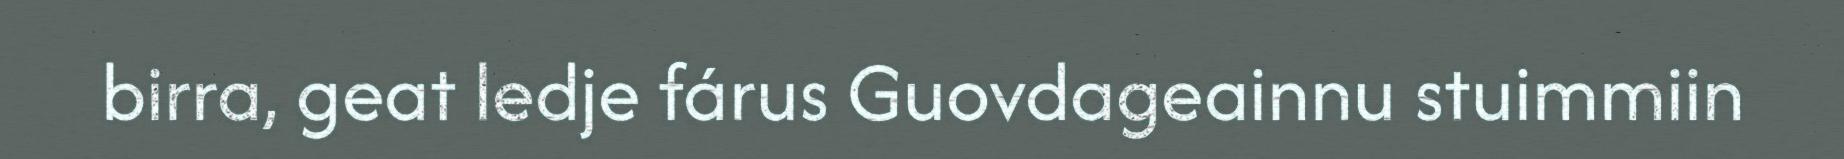
birra, geat ledje fárus Guovdageainnu stuimmiin